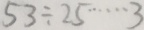
5 3 \div 2 5 \cdots 3